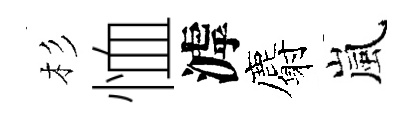
杉恤滹麝嵐